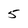
Character: 5